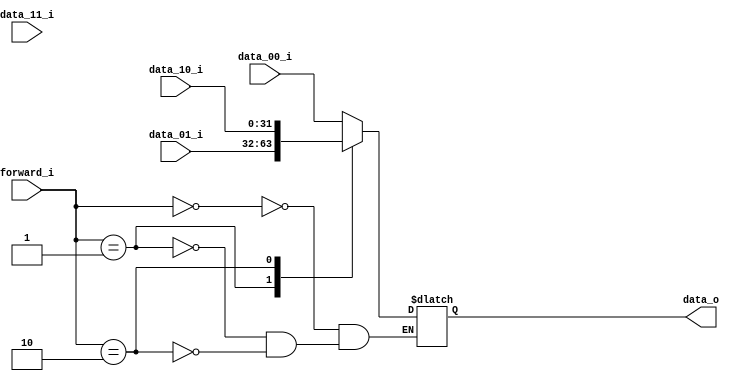
module MUX32_4_to_1 (
    data_00_i,
    data_01_i,
    data_10_i,
    data_11_i,
    forward_i,
    data_o
);

input   wire[31:0]  data_00_i;
input   wire[31:0]  data_01_i;
input   wire[31:0]  data_10_i;
input   wire[31:0]  data_11_i;
input   wire[1:0]   forward_i;
output  reg[31:0]   data_o;

always @(*) begin
    case (forward_i)
        2'b00: data_o <= data_00_i;
        2'b01: data_o <= data_01_i;
        2'b10: data_o <= data_10_i;
    endcase
end

    
endmodule